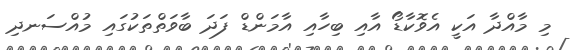
މި މާއްދާ އަކީ އެވޮކާޑޯ އާއި ބިހާއި އާމަންޑް ފަދަ ބާވަތްތަކުގައި މުއްސަނދި